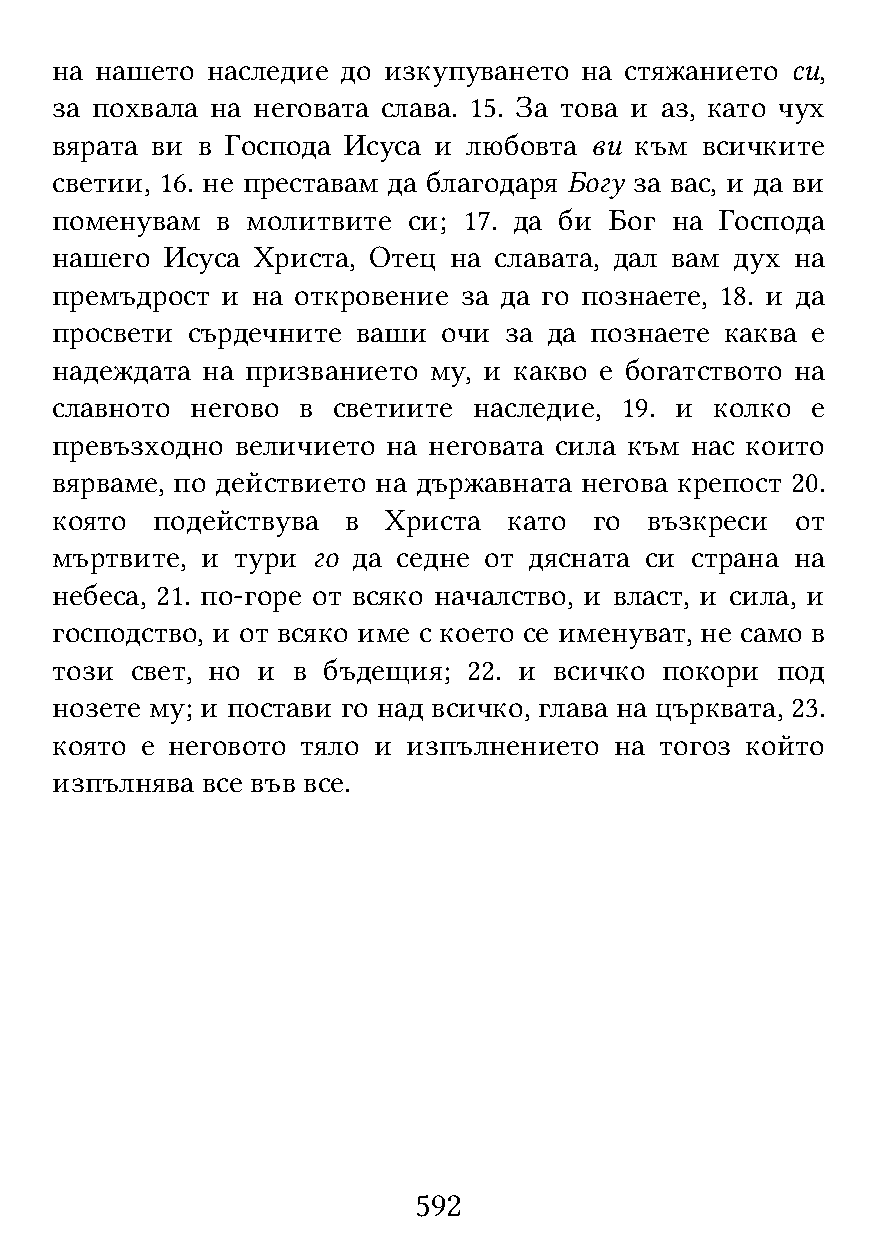
на нашето  наследие до изкупуването на стяжанието си,
 за похвала на неговата слава. 15. За това и аз, като чух
 вярата ви в Господа Исуса и любовта ви към всичките
 светии, 16. не преставам да благодаря Богу за вас, и да ви
 поменувам  в молитвите  си; 17. да би Бог на Господа
 нашего  Исуса Христа, Отец на славата, дал вам дух на
 премъдрост  и на откровение за да го познаете, 18. и да
 просвети сърдечните  ваши очи за да познаете каква е
 надеждата на призванието му, и какво е богатството на
 славното  негово в светиите наследие, 19. и колко  е
 превъзходно  величието на неговата сила към нас които
 вярваме, по действието на държавната негова крепост 20.
 която  подействува  в  Христа  като го  възкреси  от
 мъртвите, и  тури го да седне от дясната си страна на
 небеса, 21. по-горе от всяко началство, и власт, и сила, и
 господство, и от всяко име с което се именуват, не само в
 този  свет, но и в бъдещия; 22. и всичко покори под
 нозете му; и постави го над всичко, глава на църквата, 23.
 която е неговото тяло и изпълнението  на тогоз който
 изпълнява все във все.
 592